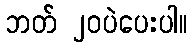
ဘတ် ၂၀ပဲပေးပါ။